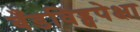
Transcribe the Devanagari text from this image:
बँडविड्थपेक्षा